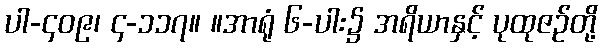
ပါ-၄၀၉၊ ၄-၁၁၇။ ။အာရုံ ၆-ပါး၌ အရိယာနှင့် ပုထုဇဉ်တို့